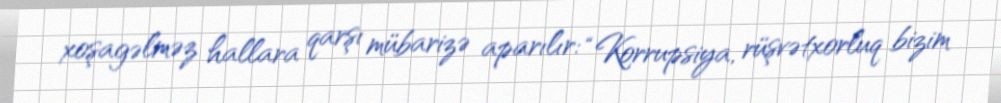
xoşagəlməz hallara qarşı mübarizə aparılır: “Korrupsiya, rüşvətxorluq bizim